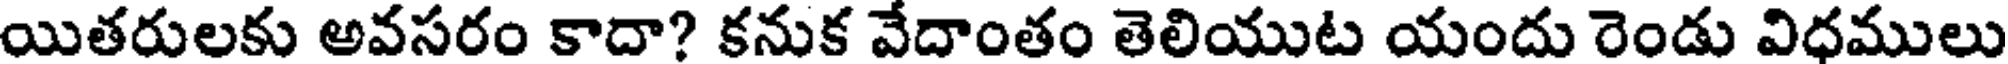
యితరులకు అవసరం కాదా? కనుక వేదాంతం తెలియుట యందు రెండు విధములు